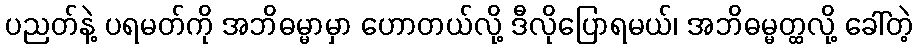
ပညတ်နဲ့ ပရမတ်ကို အဘိဓမ္မာမှာ ဟောတယ်လို့ ဒီလိုပြောရမယ်၊ အဘိဓမ္မတ္ထလို့ ခေါ်တဲ့